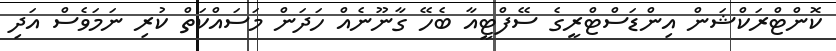
ކޮންޓްރަކްޝަން އިންޑަސްޓްރީގެ ސޭފްޓީއާ ބެހޭ ގާނޫނެއް ހަދަން މަސައްކަތް ކުރި ނަމަވެސް އަދި